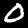
Digit: 0